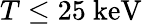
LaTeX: T\leq 25{\mathrm{~keV}}